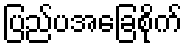
ပြည်ပအခြေစိုက်